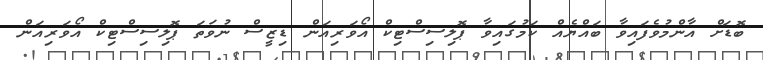
ބޮޑަށް އާންމުވެފައިވާ ބައްޔެއް ކަމުގައިވާ ޕޮލިސިސްޓިކް އޯވަރިއަން ޑިޒީސް ނުވަތަ ޕޮލިސިސްޓިކް އޯވަރިއަން